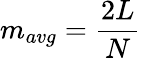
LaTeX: m_{avg}=\frac{2L}{N}